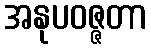
အနုပဝဇ္ဇတာ